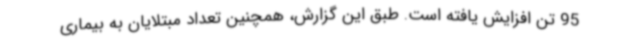
95 تن افزایش یافته است. طبق این گزارش، همچنین تعداد مبتلایان به بیماری